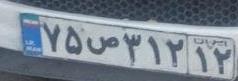
۷۵ص۳۱۲۱۲